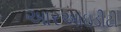
આરઆઇડીટી